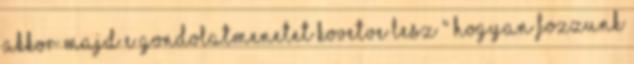
akkor majd e gondolatmenetet kovetve lesz " Hogyan fozzunk